Source: Handwritten
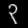
Digit: ၃ (3)